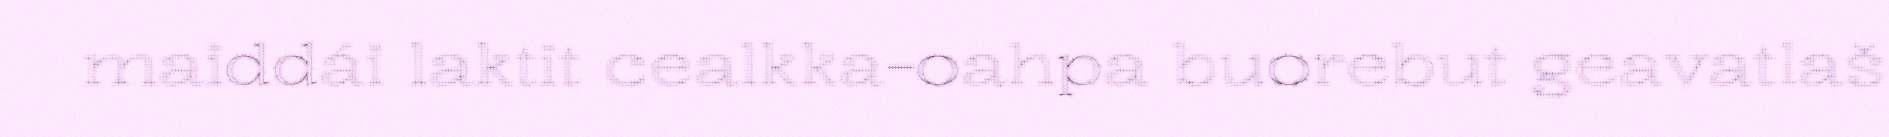
maiddái laktit cealkka-oahpa buorebut geavatlaš